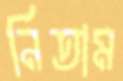
নিতাম